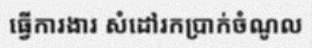
ធ្វើការងារ សំដៅរកប្រាក់ចំណូល